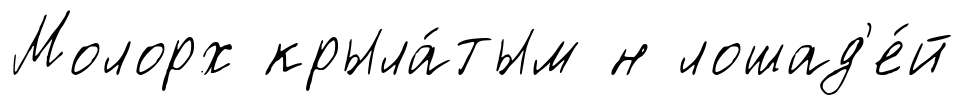
Молорх крыла́тым н лошад'е́й